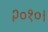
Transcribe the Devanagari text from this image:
२०१०।